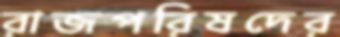
রাজপরিষদের